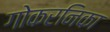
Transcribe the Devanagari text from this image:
गोकरनिका